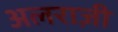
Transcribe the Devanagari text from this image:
अलराज़ी